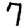
Digit: 7